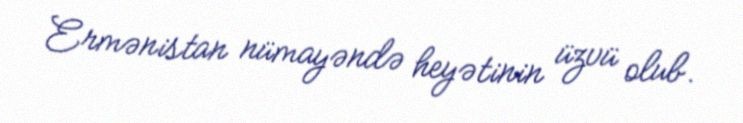
Ermənistan nümayəndə heyətinin üzvü olub.